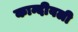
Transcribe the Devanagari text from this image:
कान्दीवली